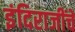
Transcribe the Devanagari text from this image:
इंदिराजींचे